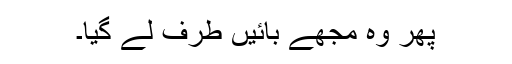
پھر وہ مجھے بائیں طرف لے گیا۔